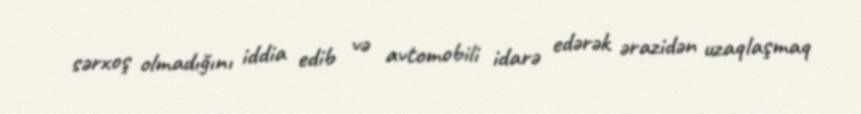
sərxoş olmadığını iddia edib və avtomobili idarə edərək ərazidən uzaqlaşmaq